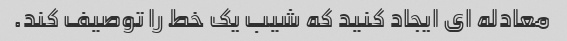
معادله ای ایجاد کنید که شیب یک خط را توصیف کند.